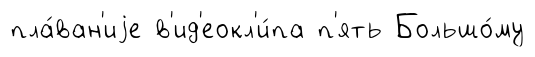
пла́ван'иjе в'ид'еокл'и́па п'ять Большо́му